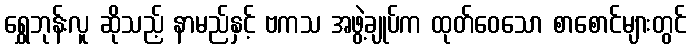
ရွှေဘုန်းလူ ဆိုသည့် နာမည်နှင့် ဗကသ အဖွဲ့ချုပ်က ထုတ်ဝေသော စာစောင်များတွင်